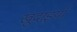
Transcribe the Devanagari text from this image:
खुदाइयाँ